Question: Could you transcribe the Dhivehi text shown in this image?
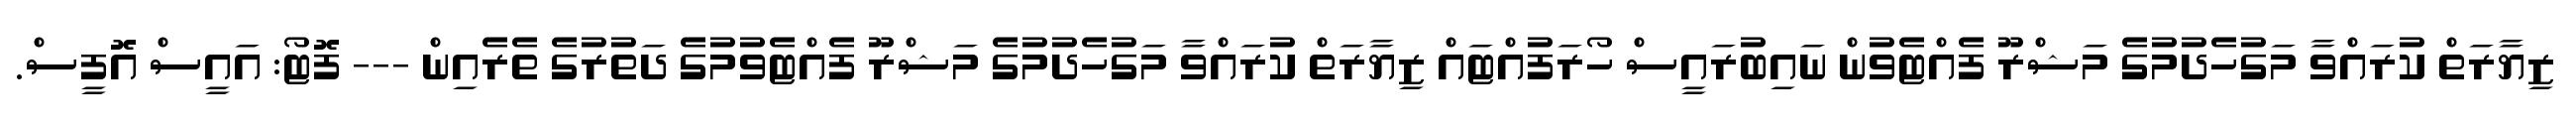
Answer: ޒިޔާރަތް ކުރައްވާ މަގުހެދުމުގެ މަޝްރޫ ފެއްޓެވުން ނައިބުރައީސް ހޯރަފުއްޓައް ޒިޔާރަތް ކުރައްވާ މަގުހެދުމުގެ މަޝްރޫ ފެއްޓެވުމުގެ ދަތުރުގެ ތެރެއިން --- ފޮޓޯ: އައީސް އޮފީސް.